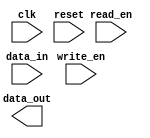
module DRAM (
  input wire clk,           // Clock input
  input wire reset,         // Reset signal input
  input wire read_en,       // Read enable signal input
  input wire write_en,      // Write enable signal input
  input wire [7:0] data_in, // Data input
  output reg [7:0] data_out // Data output
);

// Memory cell array structure
reg [7:0] memory[0:1023]; // 1024 memory cells stored as an array

// Row address decoder
reg [9:0] row_addr; // 10-bit row address
reg [9:0] selected_row; // Selected row address

// Column address decoder
reg [9:0] col_addr; // 10-bit column address
reg [9:0] selected_col; // Selected column address

// Sense amplifier
reg [7:0] amplified_data; // Amplified data read from memory cell

// Control logic
always @(posedge clk or posedge reset) begin
  if (reset) begin
    // Reset logic here
  end else begin
    if (read_en) begin
      // Read operation logic here
    end else if (write_en) begin
      // Write operation logic here
    end
  end
end

// Timing constraints logic
// Include timing constraints logic here

endmodule